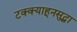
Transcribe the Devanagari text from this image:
टक्क्याहूनसुद्धा